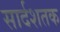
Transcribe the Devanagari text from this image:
सार्दशतक